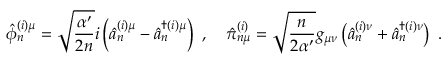
\hat { \phi } _ { n } ^ { ( i ) \mu } = \sqrt { \frac { \alpha ^ { \prime } } { 2 n } } i \left( \hat { a } _ { n } ^ { ( i ) \mu } - \hat { a } _ { n } ^ { \dagger ( i ) \mu } \right) ~ , \quad \hat { \pi } _ { n \mu } ^ { ( i ) } = \sqrt { \frac { n } { 2 \alpha ^ { \prime } } } g _ { \mu \nu } \left( \hat { a } _ { n } ^ { ( i ) \nu } + \hat { a } _ { n } ^ { \dagger ( i ) \nu } \right) ~ .